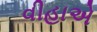
વીહાએ